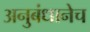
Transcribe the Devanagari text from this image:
अनुबंधानेच